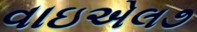
વાઇએલ૭